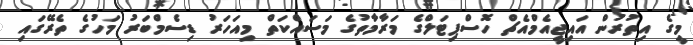
މީގެ އިތުރުން އައިޖީއެމްއެޗް ހޮސްޕިޓަލްގެ މަރާމާތުގެ މަސައްކަތް މިއަހަރު ޑިސެމްބަރު މަހުގެ ތެރޭގައި